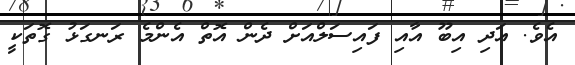
އެވެ. އަދި އިބޫ އާއި ފައިސަލްއަށް ދެން އޮތް އެންމެ ރަނގަޅު ގޮތަކީ